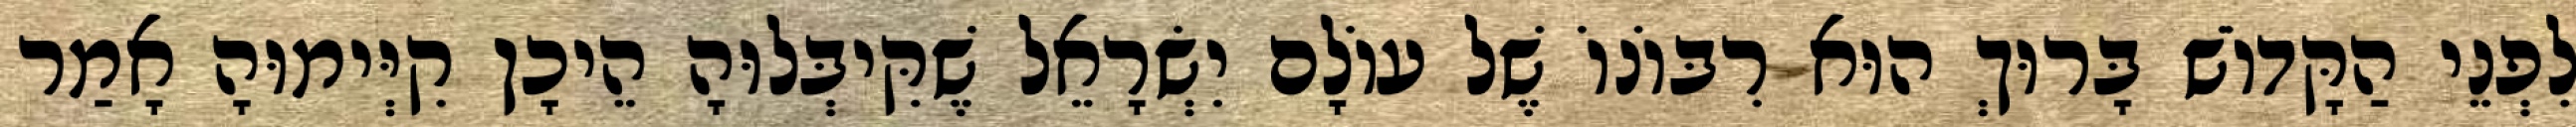
לִפְנֵי הַקָּדוֹשׁ בָּרוּךְ הוּא רִבּוֹנוֹ שֶׁל עוֹלָם יִשְׂרָאֵל שֶׁקִּיבְּלוּהָ הֵיכָן קִיְּימוּהָ אָמַר